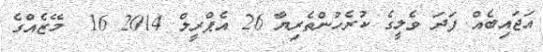
އަޖައިބެއް ފަދަ ވެލީގެ ކުރެހުންތެރިޔާ 26 އެޕްރީލް 2014 16  މޭޒެއްގެ